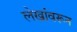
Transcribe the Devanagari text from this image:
लेखांवरून